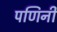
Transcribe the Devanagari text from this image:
पणिनी